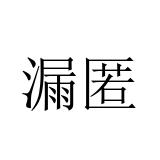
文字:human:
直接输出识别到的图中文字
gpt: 漏匿